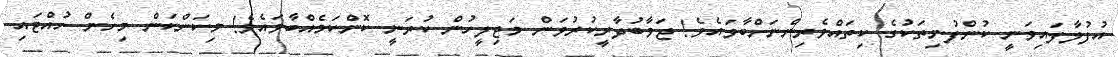
އުފުލާފައިވަނީ ކުންފުނިތަކުގެ ކިތައްވެރިންނަށްބާވައެވެ! ޖަވާބުދާރީކުރުވަން މަޖިލީހުން ކުރަނީ ކޮންކަމެއްބާވައެވެ! މިކަންކަން މިހެން ހުއްޓައި